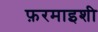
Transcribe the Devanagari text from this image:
फ़रमाइशी